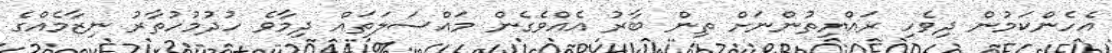
އެހެންކަމުން ދިވެހި ރައްޔިތުންނަށް ތިން ބާރު އެއްވެގެން މައްސަލަތައް ދިމާވެ ހުދުމުހުތާރު ނިޒާމެއްގެ